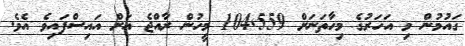
ގައުމުން މި އަހަރުގެ މިހާތަނަށް 104